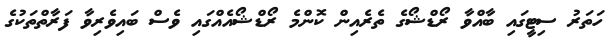
ހަތަރު ސިޓީގައި ބާއްވާ ރޯޑްޝޯގެ ތެރެއިން ކޮންމެ ރޯޑްޝޯއެއްގައި ވެސް ބައިވެރިވާ ފަރާތްތަކުގެ